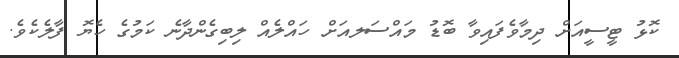
ކޮޅު ޓީސީއަށް ދިމާވެފައިވާ ބޮޑު މައްސަލއަށް ހައްލެއް ލިބިގެންދާނެ ކަމުގެ ހެޔޮ ފާލެކެވެ.